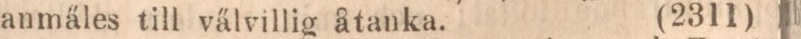
anmäles till välvillig åtanka.    (2311)